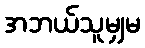
အဘယ်သူမျှမ